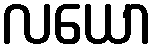
လယော